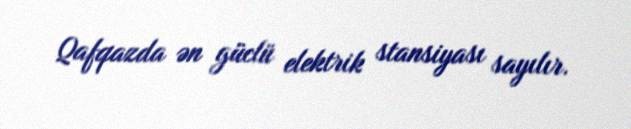
Qafqazda ən güclü elektrik stansiyası sayılır.